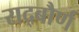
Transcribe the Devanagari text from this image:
राद्बौर्ण